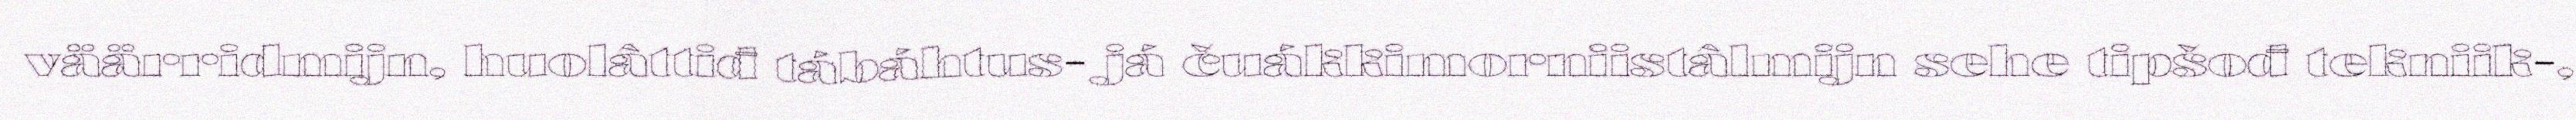
väärridmijn, huolâttiđ tábáhtus- já čuákkimorniistâlmijn sehe tipšođ tekniik-,